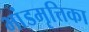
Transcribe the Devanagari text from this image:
भांडमृत्तिका